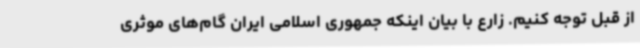
از قبل توجه کنیم. زارع با بیان اینکه جمهوری اسلامی ایران گام‌های موثری